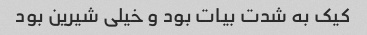
کیک به شدت بیات بود و خیلی شیرین بود